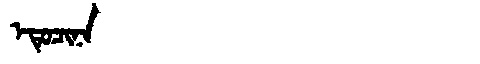
Manchu: ᡝᡨᡠᠴᡳᠨᠠ
Romanization: ETUCINA